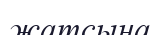
жатсына